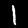
Digit: 1